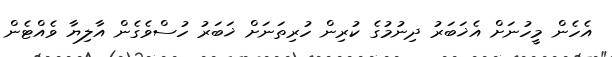
އެހެން މީހުނަށް އެޚަބަރު ދިނުމުގެ ކުރިން ހުރިތަނަށް ޚަބަރު ހުސްވެގެން އާލިޔާ ވެއްޓެން